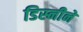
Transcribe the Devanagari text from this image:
डिस्नीने